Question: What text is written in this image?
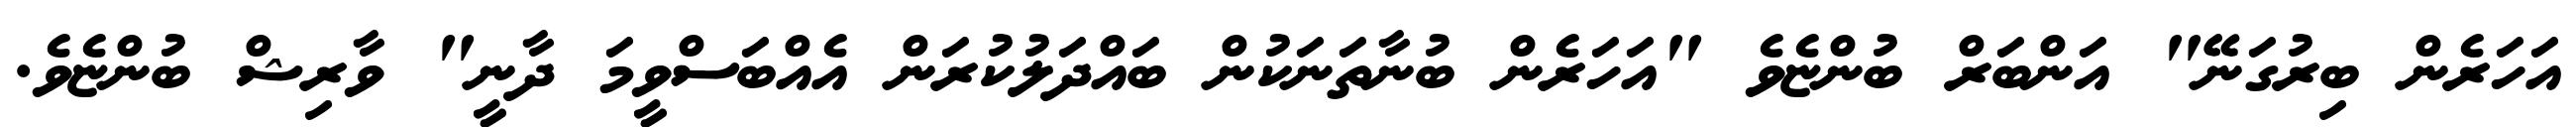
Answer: އަހަރެން ބިރުގަނޭ" އަންބަރް ބުންޏެވެ "އަހަރެން ބުނާތަނަކުން ބައްދަލުކުރަން އެއްބަސްވީމަ ދާނީ" ވާރިޝް ބުންޏެވެ.